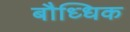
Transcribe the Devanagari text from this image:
बौध्धिक